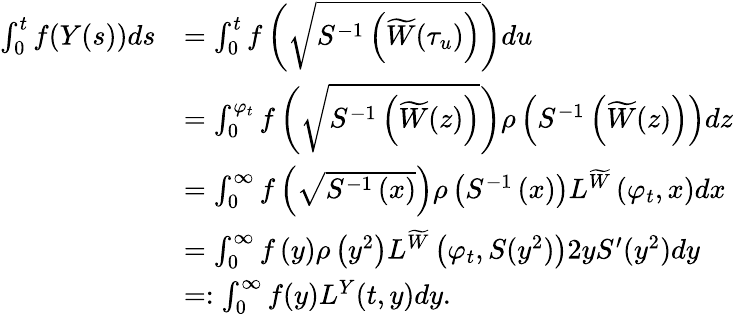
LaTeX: \begin{array}{rl}{\int_{0}^{t}f(Y(s))ds}&{=\int_{0}^{t}f\left(\sqrt{S^{-1}\left(\widetilde W(\tau_{u})\right)}\right)du}\\ &{=\int_{0}^{\varphi_{t}}f\left(\sqrt{S^{-1}\left(\widetilde W(z)\right)}\right)\rho\left(S^{-1}\left(\widetilde W(z)\right)\right)dz}\\ &{=\int_{0}^{\infty}f\left(\sqrt{S^{-1}\left(x\right)}\right)\rho\left(S^{-1}\left(x\right)\right)L^{\widetilde W}\left(\varphi_{t},x\right)dx}\\ &{=\int_{0}^{\infty}f\left(y\right)\rho\left(y^{2}\right)L^{\widetilde W}\left(\varphi_{t},S(y^{2})\right)2yS^{\prime}(y^{2})dy}\\ &{=:\int_{0}^{\infty}f(y)L^{Y}(t,y)dy.}\end{array}